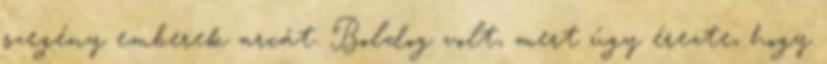
szegény emberek arcát. Boldog volt, mert úgy érezte, hogy